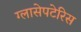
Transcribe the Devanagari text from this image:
ग्लासेपटेरिस